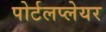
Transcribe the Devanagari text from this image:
पोर्टलप्लेयर